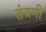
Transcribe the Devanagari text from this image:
तंत्रनी